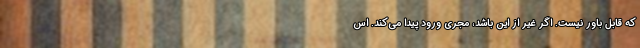
که قابل باور نیست. اگر غیر از این باشد، مجری ورود پیدا می‌کند. اس